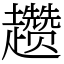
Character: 趱